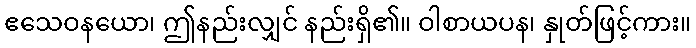
ဧသေဝနယော၊ ဤနည်းလျှင် နည်းရှိ၏။ ဝါစာယပန၊ နှုတ်ဖြင့်ကား။